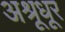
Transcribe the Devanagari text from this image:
अश्रूधूर